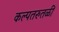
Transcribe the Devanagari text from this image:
कल्पतरुतळीं